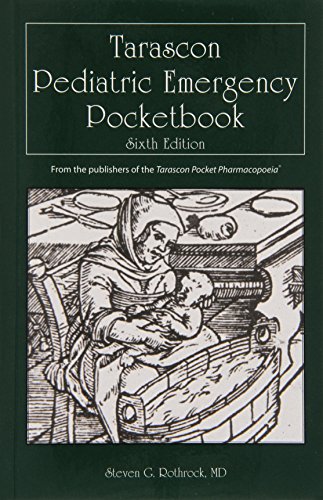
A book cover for Tarascon Pediatric Emergency Pocketbook (Rothrock, Tarascon Pediatric Emergency Pocketbook); Dr. Steven G. Rothrock; Reference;